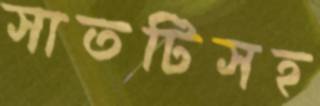
সাতটিসহ